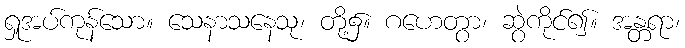
ရှုအပ်ကုန်သော။ သေနာသနေသု၊ တို့၌။ ဂဟေတွာ၊ ဆွဲကိုင်၍။ အန္တရာ၊